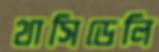
থাসিডেলি